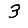
Digit: 3